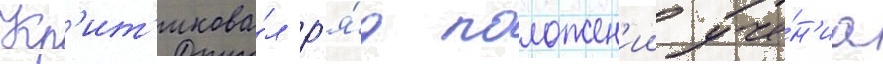
Кр'ит'икова́л р'я́д положен'ии уче́н'иа